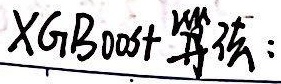
XGBoost算法：